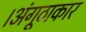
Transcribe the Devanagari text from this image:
।अंगूठाकार